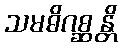
သမဓိဂစ္ဆန္တိ